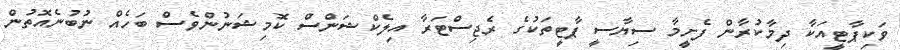
ވަކިޕާޓީއަކާ ދިމާކުރާން ފެށީމާ ސިޔާސީ ޕާޓީތަކުގެ ރެޖިސްޓަރާ އިލެކްޝަންސް ކޮމިޝަނުންވެސް ބަހެއް ނުބުނެއޮތުން